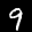
Label: 9